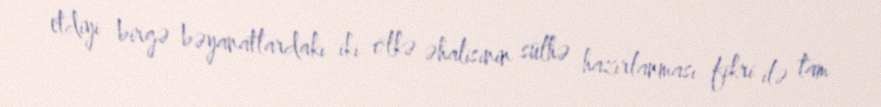
etdiyi birgə bəyanatlardakı iki ölkə əhalisinin sülhə hazırlanması fikri ilə tam